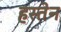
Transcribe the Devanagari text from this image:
हस्तेन